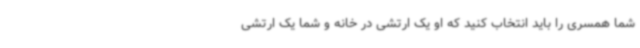
شما همسری را باید انتخاب کنید که او یک ارتشی در خانه و شما یک ارتشی